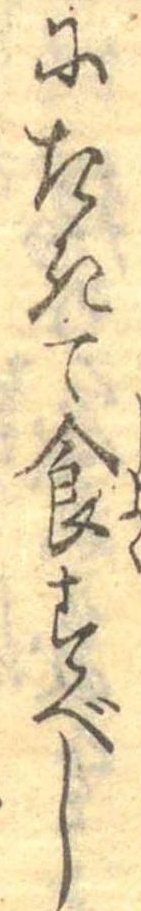
にたきて食すべし